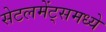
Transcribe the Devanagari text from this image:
सेटलमेंट्‌समध्ये